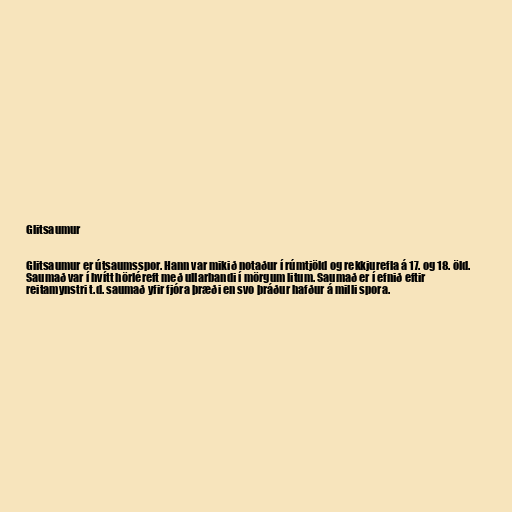
Glitsaumur

Glitsaumur er útsaumsspor. Hann var mikið notaður í rúmtjöld og rekkjurefla á 17. og 18. öld.
Saumað var í hvítt hörléreft með ullarbandi í mörgum litum. Saumað er í efnið eftir
reitamynstri t.d. saumað yfir fjóra þræði en svo þráður hafður á milli spora.